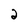
Character: 2